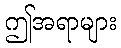
ဤအရာများ